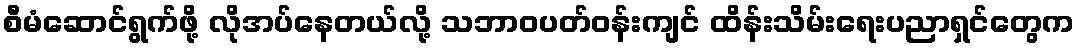
စီမံဆောင်ရွက်ဖို့ လိုအပ်နေတယ်လို့ သဘာဝပတ်ဝန်းကျင် ထိန်းသိမ်းရေးပညာရှင်တွေက